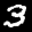
Label: 3